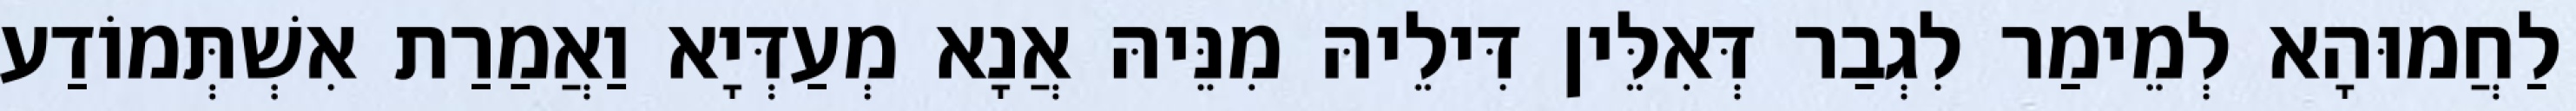
לַחֲמוּהָא לְמֵימַר לִגְבַר דְּאִלֵּין דִּילֵיהּ מִנֵּיהּ אֲנָא מְעַדְּיָא וַאֲמַרַת אִשְׁתְּמוֹדַע